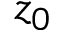
z _ { 0 }